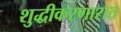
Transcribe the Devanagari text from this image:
शुद्धीकरणारात